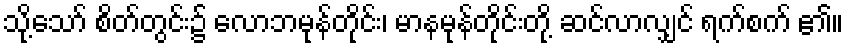
သို့သော် စိတ်တွင်း၌ လောဘမုန်တိုင်း၊ မာနမုန်တိုင်းတို့ ဆင်လာလျှင် ရက်စက် ၏။